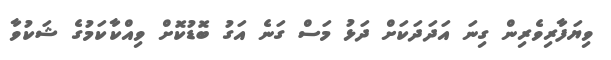
ވިޔަފާރިވެރިން ގިނަ އަދަދަކަށް ދަޅު މަސް ގަނެ އަގު ބޮޑުކޮށް ވިއްކާކަމުގެ ޝަކުވާ